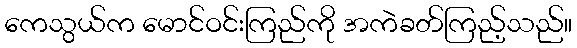
ကေသွယ်က မောင်ဝင်းကြည်ကို အကဲခတ်ကြည့်သည်။